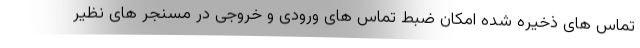
تماس های ذخیره شده امکان ضبط تماس های ورودی و خروجی در مسنجر های نظیر